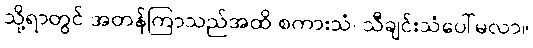
သို့ရာတွင် အတန်ကြာသည်အထိ စကားသံ၊ သီချင်းသံပေါ်မလာ။